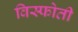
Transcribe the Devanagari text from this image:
विस्फोती